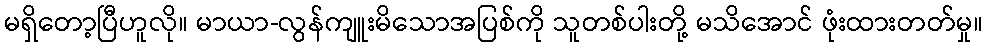
မရှိတော့ပြီဟူလို။ မာယာ-လွန်ကျူးမိသောအပြစ်ကို သူတစ်ပါးတို့ မသိအောင် ဖုံးထားတတ်မှု။